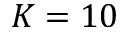
K = 1 0